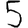
Digit: 5